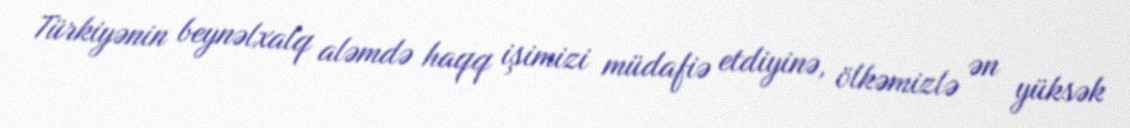
Türkiyənin beynəlxalq aləmdə haqq işimizi müdafiə etdiyinə, ölkəmizlə ən yüksək